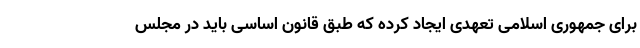
برای جمهوری اسلامی تعهدی ایجاد کرده که طبق قانون اساسی باید در مجلس